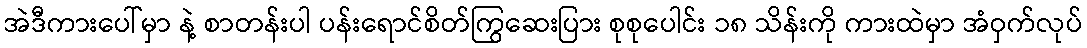
အဲဒီကားပေါ်မှာ နဲ့ စာတန်းပါ ပန်းရောင်စိတ်ကြွဆေးပြား စုစုပေါင်း ၁၈ သိန်းကို ကားထဲမှာ အံဝှက်လုပ်